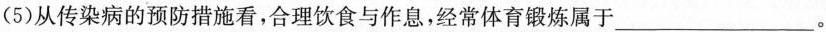
(5)从传染病的预防措施看，合理饮食与作息，经常体育锻炼属于___。